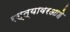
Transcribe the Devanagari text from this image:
रस्त्यावरआहे